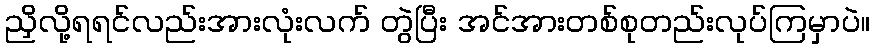
ညှိလို့ရရင်လည်းအားလုံးလက် တွဲပြီး အင်အားတစ်စုတည်းလုပ်ကြမှာပဲ။